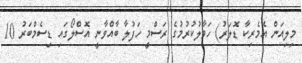
މިލިއަން އެމެރިކާ ޑޮލަރު) ހަވާލުކުރުމުގެ ރަސްމީ ހަފުލާ ބާއްވާނީ އޮސްލޯގައި ޑިސެމްބަރު 10